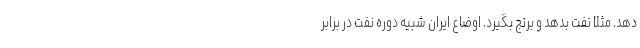
دهد. مثلا نفت بدهد و برنج بگیرد. اوضاع ایران شبیه دوره نفت در برابر